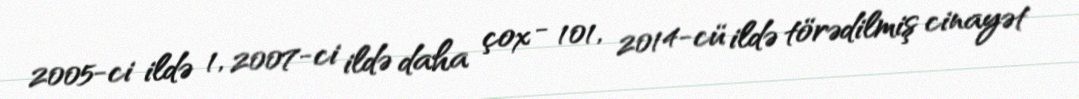
2005-ci ildə 1, 2007-ci ildə daha çox - 101, 2014-cü ildə törədilmiş cinayət